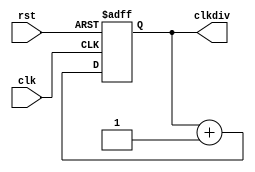
`timescale 1ns / 1ps
//////////////////////////////////////////////////////////////////////////////////
// Company: 
// Engineer: 
// 
// Design Name: 
// Module Name:    clkdiv 
// Project Name: 
// Target Devices: 
// Tool versions: 
// Description: 
//
// Dependencies: 
//
// Revision: 
// Revision 0.01 - File Created
// Additional Comments: 
//
//////////////////////////////////////////////////////////////////////////////////
module clkdiv(
	input clk, 
	input rst, 
	output reg[31:0] clkdiv
    );

	always @ (posedge clk or posedge rst) begin
		if (rst) clkdiv <= 0;
		else clkdiv <= clkdiv + 1'b1;
	end

endmodule